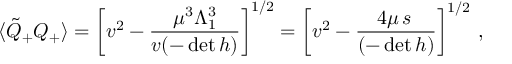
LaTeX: \langle \tilde { Q } _ { + } Q _ { + } \rangle = \left[ v ^ { 2 } - \frac { \mu ^ { 3 } \Lambda _ { 1 } ^ { 3 } } { v ( - \operatorname * { d e t } h ) } \right] ^ { 1 / 2 } = \left[ v ^ { 2 } - \frac { 4 \mu \, s \, } { ( - \operatorname * { d e t } h ) } \right] ^ { 1 / 2 } \, ,